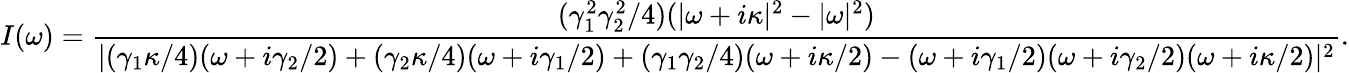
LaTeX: I(\omega)=\frac{(\gamma_{1}^{2}\gamma_{2}^{2}/4)(|\omega+i\kappa|^{2}-|\omega|^{2})}{|(\gamma_{1}\kappa/4)(\omega+i\gamma_{2}/2)+(\gamma_{2}\kappa/4)(\omega+i\gamma_{1}/2)+(\gamma_{1}\gamma_{2}/4)(\omega+i\kappa/2)-(\omega+i\gamma_{1}/2)(\omega+i\gamma_{2}/2)(\omega+i\kappa/2)|^{2}}.